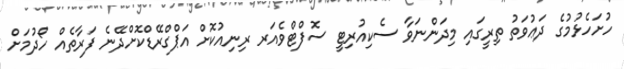
ހުށަހެޅުމުގެ ދަޢުވަތު ތިރީގައި މިދަންނަވާ ސެކިއުރިޓީ ސޮފްޓްވެއަރ ރިނިއުކޮށް އަޕްގްރޭޑްކޮށްދޭނެ ފަރާތެއް ހޯދުމަށް